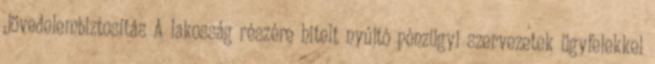
Jövedelembiztosítás A lakosság részére hitelt nyújtó pénzügyi szervezetek ügyfelekkel